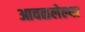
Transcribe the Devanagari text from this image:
आवळलेल्या